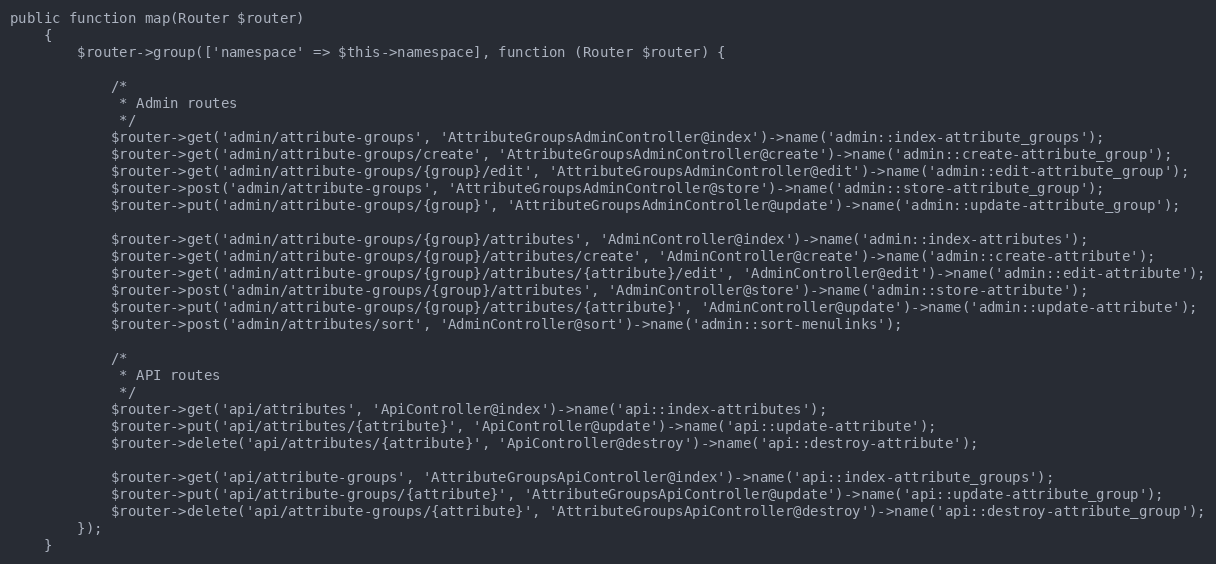
Language: PHP
public function map(Router $router)
    {
        $router->group(['namespace' => $this->namespace], function (Router $router) {

            /*
             * Admin routes
             */
            $router->get('admin/attribute-groups', 'AttributeGroupsAdminController@index')->name('admin::index-attribute_groups');
            $router->get('admin/attribute-groups/create', 'AttributeGroupsAdminController@create')->name('admin::create-attribute_group');
            $router->get('admin/attribute-groups/{group}/edit', 'AttributeGroupsAdminController@edit')->name('admin::edit-attribute_group');
            $router->post('admin/attribute-groups', 'AttributeGroupsAdminController@store')->name('admin::store-attribute_group');
            $router->put('admin/attribute-groups/{group}', 'AttributeGroupsAdminController@update')->name('admin::update-attribute_group');

            $router->get('admin/attribute-groups/{group}/attributes', 'AdminController@index')->name('admin::index-attributes');
            $router->get('admin/attribute-groups/{group}/attributes/create', 'AdminController@create')->name('admin::create-attribute');
            $router->get('admin/attribute-groups/{group}/attributes/{attribute}/edit', 'AdminController@edit')->name('admin::edit-attribute');
            $router->post('admin/attribute-groups/{group}/attributes', 'AdminController@store')->name('admin::store-attribute');
            $router->put('admin/attribute-groups/{group}/attributes/{attribute}', 'AdminController@update')->name('admin::update-attribute');
            $router->post('admin/attributes/sort', 'AdminController@sort')->name('admin::sort-menulinks');

            /*
             * API routes
             */
            $router->get('api/attributes', 'ApiController@index')->name('api::index-attributes');
            $router->put('api/attributes/{attribute}', 'ApiController@update')->name('api::update-attribute');
            $router->delete('api/attributes/{attribute}', 'ApiController@destroy')->name('api::destroy-attribute');

            $router->get('api/attribute-groups', 'AttributeGroupsApiController@index')->name('api::index-attribute_groups');
            $router->put('api/attribute-groups/{attribute}', 'AttributeGroupsApiController@update')->name('api::update-attribute_group');
            $router->delete('api/attribute-groups/{attribute}', 'AttributeGroupsApiController@destroy')->name('api::destroy-attribute_group');
        });
    }